Indian journal of veterinary science and animal husbandry - Volume 2,
Year: 1932
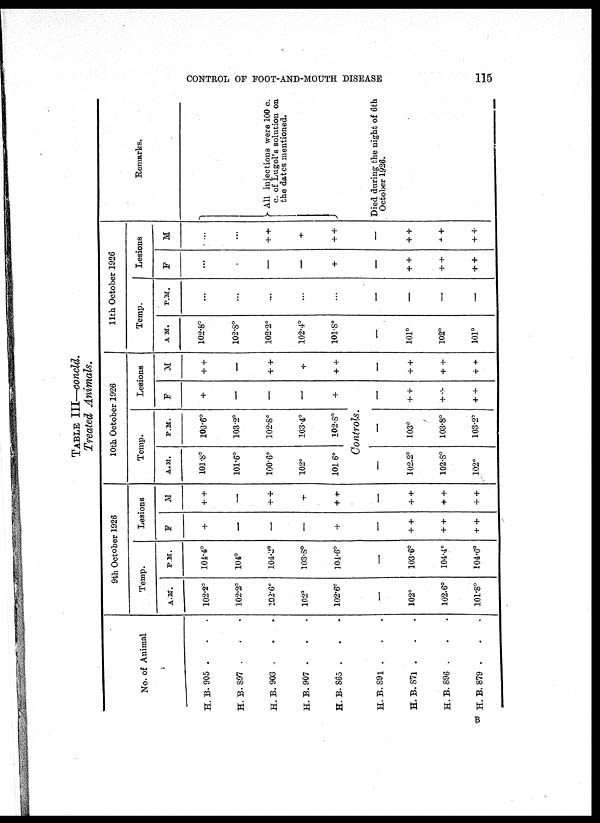
CONTROL OF FOOT-AND-MOUTH DISEASE
115
TABLE III—concld.
Treated Animals.
No. of Animal
H. B. 905 . . .
H. B. 897 . . .
H. B. 903 . . .
H. B.907 . . .
H. B. 865 . . .
H. B. 891 . . .
H. B. 87l . . .
H.B. 896 . . .
H.B. 879 . . .
9th October 1926
Temp.
A.M.
102.2°
102.2°
102.6°
102°
102.6°
—
102°
102.6°
101.8°
P.M.
104.4°
104°
104.2°
103.8°
104.6°
—
103.6°
104.4°
104.6°
Lesions
F
+
—
—
—
+
—
+ +
+ +
+ +
M
+ +
—
+ +
+
+ +
—
+ +
+ +
+ +
10th October 1926
Temp.
A.M.
101.8°
101.6°
100.6°
102°
101.6°
P.M.
103.6°
103.2°
102.8°
103.4°
102.8°
Lesions
F
+
—
—
—
+
Controls.
—
102.2°
102.8°
102°
—
103°
103.8°
103.2°
—
+ +
+ +
+ +
M
+ +
—
+ +
+
+ +
—
+ +
+ +
+ +
11th October 1926
Temp.
A.M.
102.8°
102.8°
102.2°
102.4°
101.8°
—
101°
102°
101°
P.M.
...
...
...
—
—
—
Lesions
F
...
...
—
—
+
—
+ +
+ +
+ +
M
...
...
+ +
+
+ +
—
+ +
+ +
+ +
Remarks.
} All injections were 100 c.
c. of Lugol's solution on
the dates mentioned.
Died during the night of 6th
October 1926.
B